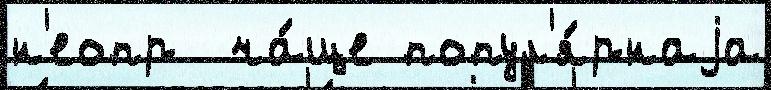
н'еопр  ча́ще попул'я́рнаjа